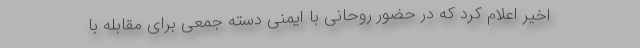
اخیر اعلام کرد که در حضور روحانی با ایمنی دسته جمعی برای مقابله با